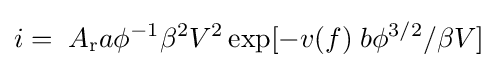
i=\;A_{\mathrm {r} }a{\phi ^{-1}}{\beta }^{2}V^{2}\exp[-v(f)\;b\phi ^{3/2}/\beta V]